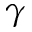
\gamma